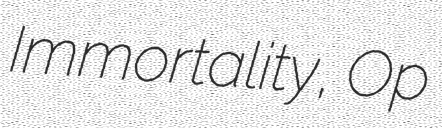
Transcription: Immortality, Op